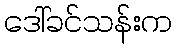
ဒေါ်ခင်သန်းက